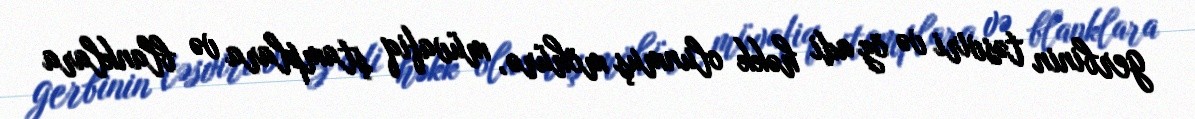
gerbinin təsviri və öz adi həkk olunmuş möhürə, müvafiq ştamplara və blanklara